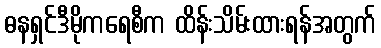
ဓနရှင်ဒီမိုကရေစီက ထိန်းသိမ်းထားရန်အတွက်